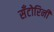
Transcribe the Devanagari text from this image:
सँटोरिनी